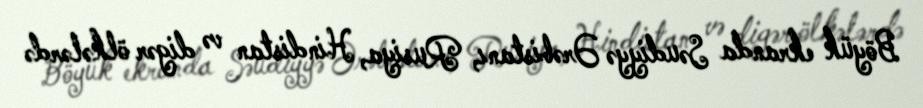
Böyük ekranda Səudiyyə Ərəbistanı, Rusiya, Hindistan və digər ölkələrdə